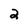
Character: 2